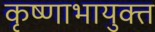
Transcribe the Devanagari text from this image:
कृष्णाभायुक्त